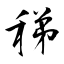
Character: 稊